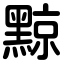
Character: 黥